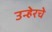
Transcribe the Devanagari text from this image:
उन्हेरचे